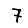
Digit: 7